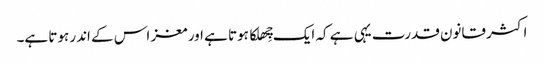
اکثر قانون قدرت یہی ہے کہ ایک چِھلکا ہوتا ہے اور مغز اس کے اندر ہوتا ہے۔